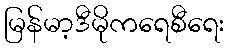
မြန်မာ့ဒီမိုကရေစီရေး